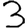
Digit: 3